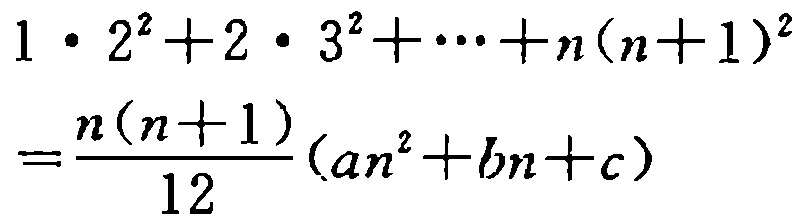
\[

1\cdot 2^{2}+2\cdot 3^{2}+\cdots +n(n + 1)^{2}=\frac{n(n + 1)}{12}(an^{2}+bn + c)

\]